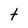
Character: t